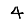
Digit: 4